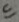
Text: In